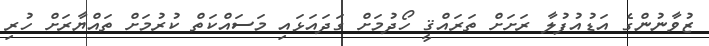
ޒުވާނުންގެ އަޑުއުފުލާ ރަށަށް ތަރައްޤީ ހޯދުމަށް ގަދައަޅައި މަސައްކަތް ކުރުމަށް ތައްޔާރަށް ހުރި